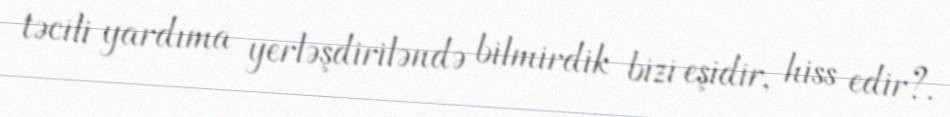
təcili yardıma yerləşdiriləndə bilmirdik bizi eşidir, hiss edir?.